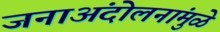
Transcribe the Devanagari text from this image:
जनाअंदोलनांमुळे